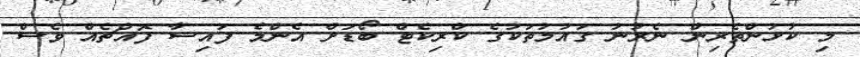
މި ކުޅުންތެރިން ނެރުނު ގައުމުތަކުގެ ކްރިކެޓް ބޯޑަށް އެންމެ ފައިސާ ފޮއްޗެއް ވެސް